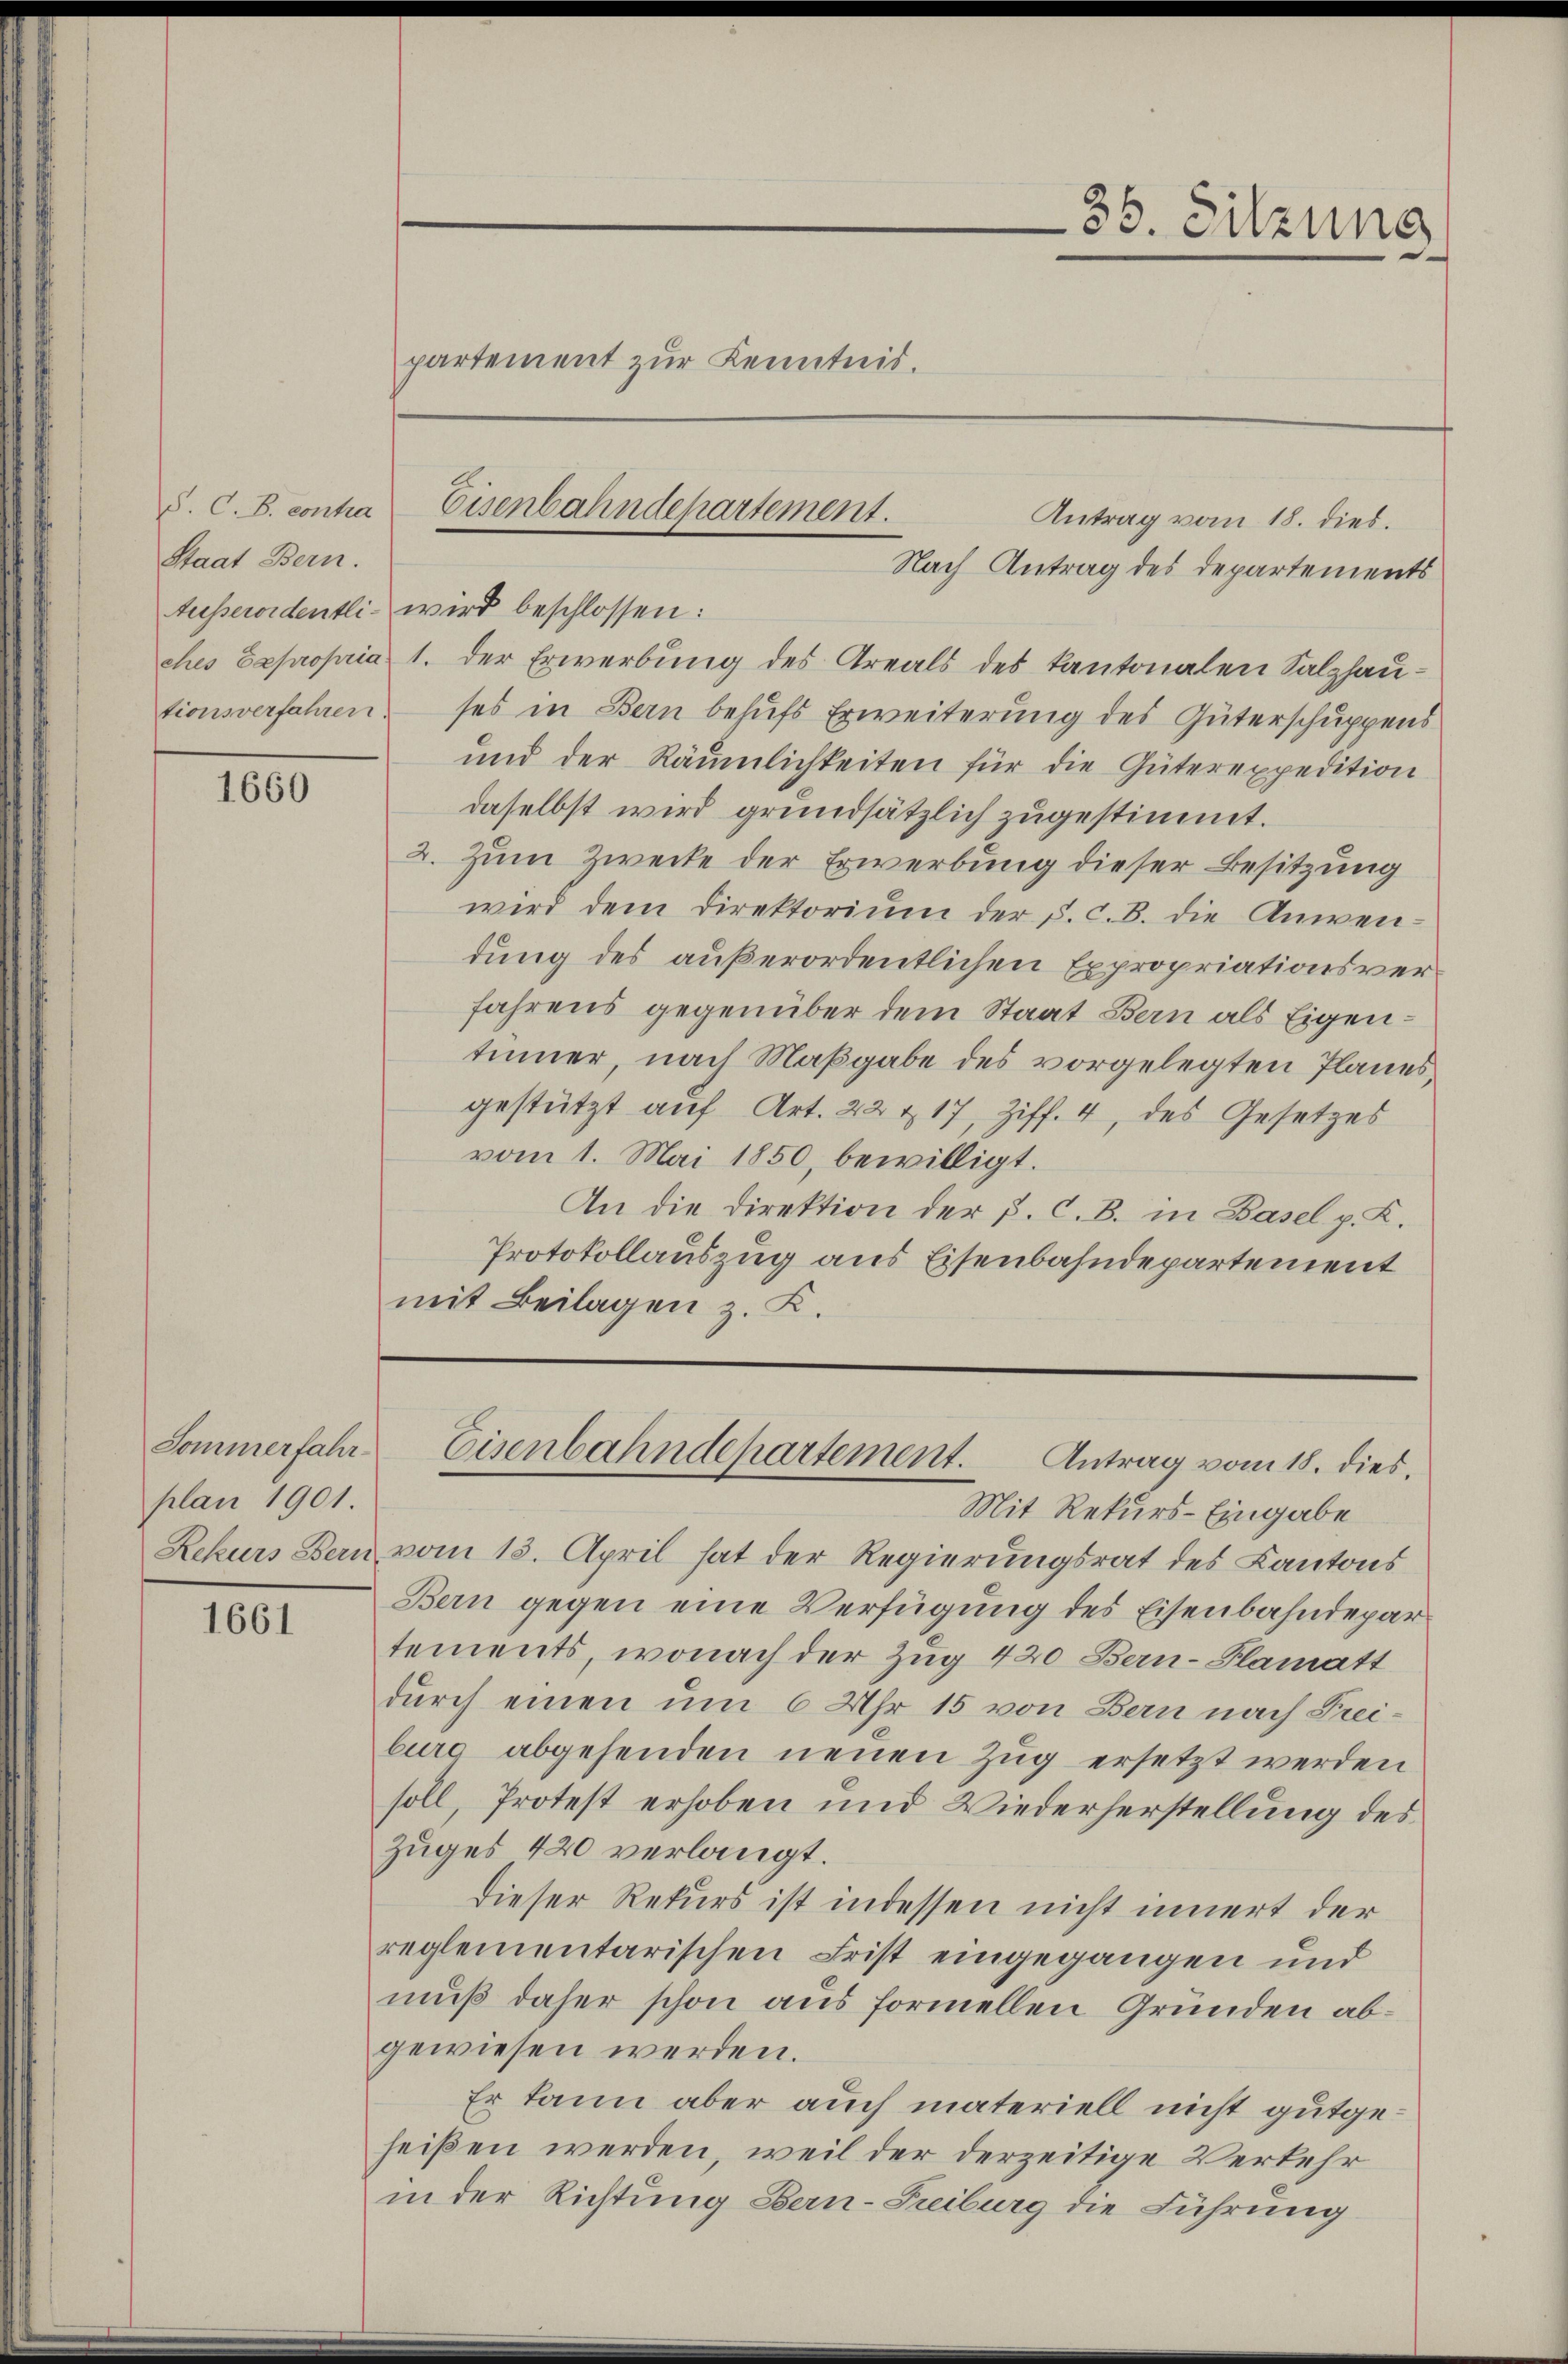
Staat Bern.
tionsverfahren

1660

Sommerfahr-
plan 1901.

1661

partement zur Kenntnis.

Antrag vom 18. dies.
Nach Antrag des Departements
Ausserordentli- wird beschlossen:
ches Expropria 1. der Erwerbung des Areals des Kantonalen Salzhauses in Bern behufs Erweiterung des Güterschuppens
und der Räumlichkeiten für die Güterexpedition
daselbst wird grundsätzlich zugestimmt.
2. Zum Zwecke der Erwerbung dieser Besitzung
wird dem Direktorium der s. c. 8. die Anwendung des außerordentlichen Expropriationsverfahrens gegenüber dem Staat Bern als Eigentinner, nach Maßgabe des vorgelegten Planes
gestützt auf Art. 22 & 17, Ziff. 4, des Gesetzes
vom 1. Mai 1850, bewilligt.
An die Direktion der p. C. B. in Basel p. K.
Protokollauszug aus Eisenbahndepartement
mit Beilagen z. K.

S. C. B. contra Eisenbahndepartement.

Mit Rekurs-Eingabe
Rekurs Bern vom 18. April hat der Regierungsrat des Kantons
Bern gegen eine Verfügung des Eisenbahndepartements, wonach der Zug 420 Bern-Plamatt
durch einen um 6 Uhr 15 von Bern nach Freiburg abgehenden neuen Zug ersetzt werden
soll, Protest erhoben und Wiederherstellung des
Zuges 420 verlangt.
dieser Rekurs ist indessen nicht innert der
reglementarischen Frist eingegangen und
muß daher schon aus formellen Grunden abgewiesen werden.
Er kann aber auch materiell nicht gutgeheißen werden, weil der derzeitige Verkehr
in der Richtung Bern-Freiburg die Führung

36. Sitzung

Eisenbahndepartement. Antrag vom 18. dies